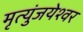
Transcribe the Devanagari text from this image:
मृत्युंजयेश्वर